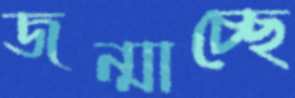
জন্মাচ্ছে